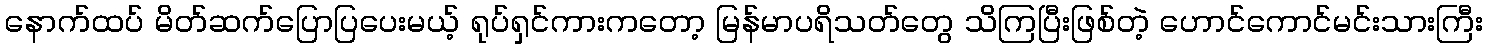
နောက်ထပ် မိတ်ဆက်ပြောပြပေးမယ့် ရုပ်ရှင်ကားကတော့ မြန်မာပရိသတ်တွေ သိကြပြီးဖြစ်တဲ့ ဟောင်ကောင်မင်းသားကြီး